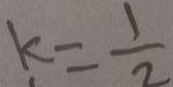
k = \frac { 1 } { 2 }